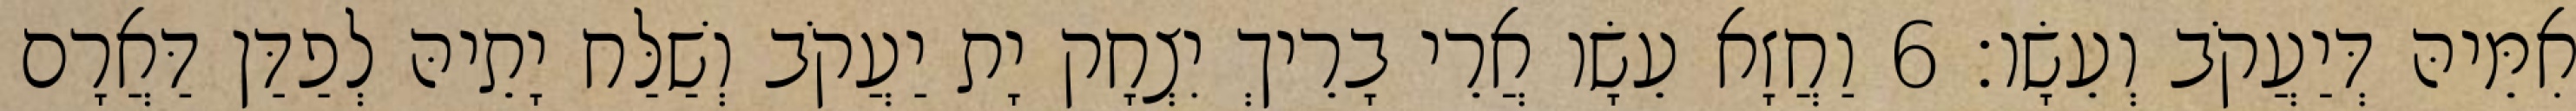
אִמֵּיהּ דְּיַעֲקֹב וְעֵשָׂו׃ 6 וַחֲזָא עֵשָׂו אֲרֵי בָרֵיךְ יִצְחָק יָת יַעֲקֹב וְשַׁלַּח יָתֵיהּ לְפַדַּן דַּאֲרָם